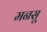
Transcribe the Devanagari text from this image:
मनसू